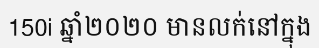
150i ឆ្នាំ២០២០ មានលក់នៅក្នុង